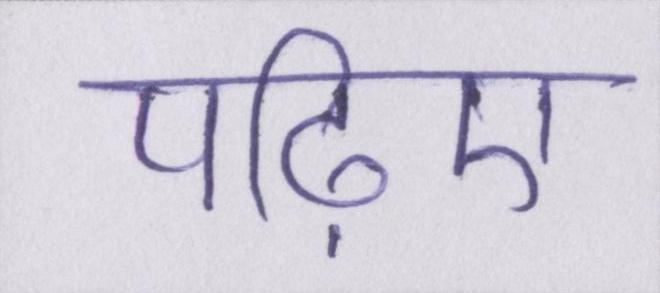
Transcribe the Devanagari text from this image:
पढ़िए